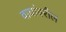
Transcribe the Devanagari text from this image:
वाघांवरील